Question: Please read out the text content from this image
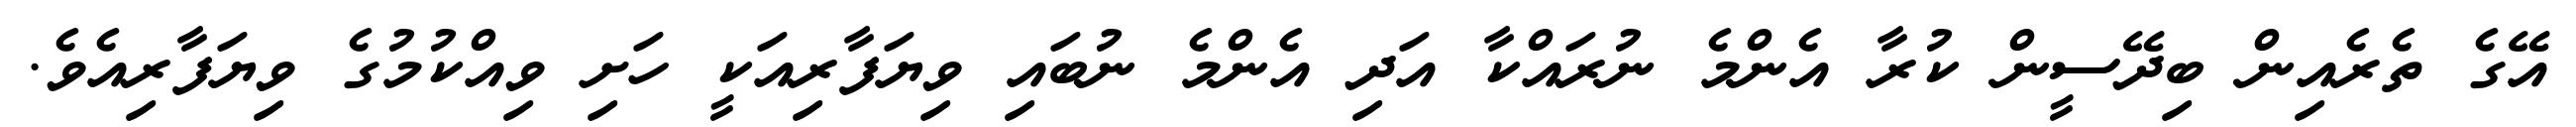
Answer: އޭގެ ތެރެއިން ބިދޭސީން ކުރާ އެންމެ ނުރައްކާ އަދި އެންމެ ނުބައި ވިޔަފާރިއަކީ ހަށި ވިއްކުމުގެ ވިޔަފާރިއެވެ.